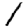
Digit: 1